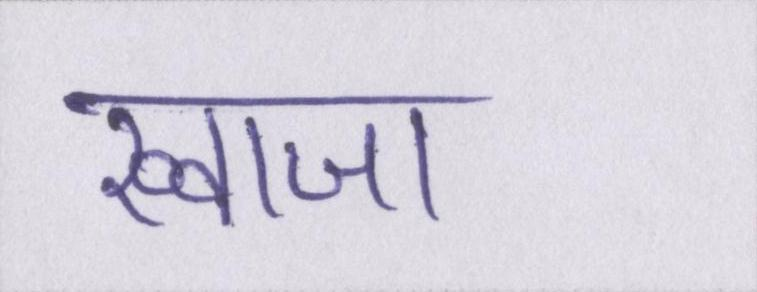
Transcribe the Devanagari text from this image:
ख्वाजा